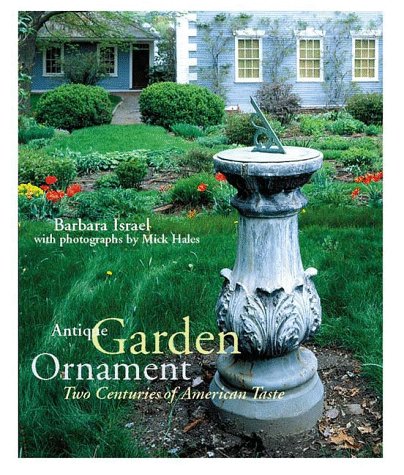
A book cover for Antique Garden Ornament, Two Centuries of American Taste; Barbara Israel; Crafts, Hobbies & Home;